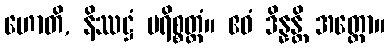
ဟောတိ, နိဿဋ္ဌံ ပရိစ္စတ္တံ။ ဧဝံ ဒိန္နန္တိ အတ္ထော။